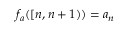
f _ { a } ( [ n , n + 1 ) ) = a _ { n }